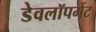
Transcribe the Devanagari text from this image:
डेवलॉपमेंट